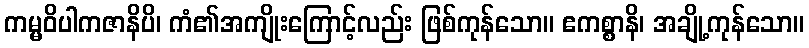
ကမ္မဝိပါကဇာနိပိ၊ ကံ၏အကျိုးကြောင့်လည်း ဖြစ်ကုန်သော။ ဧကစ္စာနိ၊ အချို့ကုန်သော။